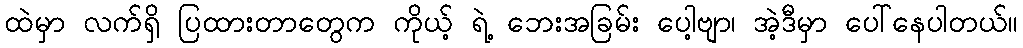
ထဲမှာ လက်ရှိ ပြထားတာတွေက ကိုယ့် ရဲ့ ဘေးအခြမ်း ပေါ့ဗျာ၊ အဲ့ဒီမှာ ပေါ်နေပါတယ်။